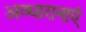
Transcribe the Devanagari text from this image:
अव्धारानाएं